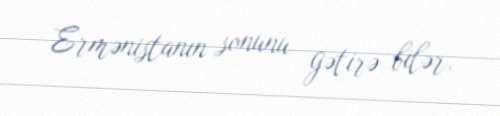
Ermənistanın sonunu gətirə bilər.